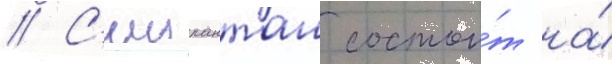
// С'иипанташ состои́т на́